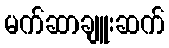
မက်ဆာချူးဆက်